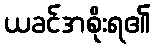
ယခင်အစိုးရ၏